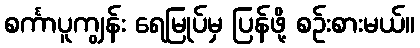
စင်္ကာပူကျွန်း ရေမြုပ်မှ ပြန်ဖို့ စဉ်းစားမယ်။